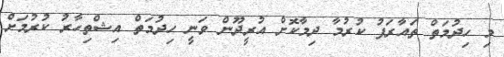
މި ހިދުމަތް ތައާރަފު ކުރުމާ ދިމާކޮށް އުރީދޫން ވަނީ ހިދުމަތް އިޝްތިހާރު ކުރުމަށް